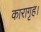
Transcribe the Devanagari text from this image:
कारागृह।